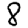
Digit: 8